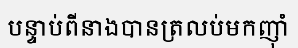
បន្ទាប់ពីនាងបានត្រលប់មកញ៉ាំ